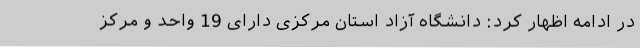
در ادامه اظهار کرد: دانشگاه آزاد استان مرکزی دارای 19 واحد و مرکز